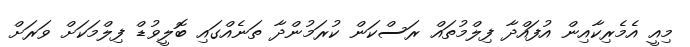
މިއީ އެމެރިކާއިން އުފައްދާ ފިލްމުތައް ރަސްކަން ކުރަމުންދާ ތަނެއްގައި ބޮލީވުޑް ފިލްމަކަށް ވަރަށް